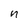
Character: n